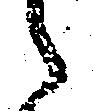
候